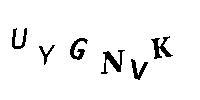
UYGNVK